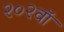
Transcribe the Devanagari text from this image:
२०२वॉ